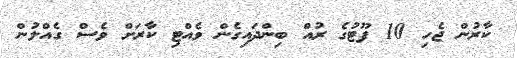
ކާރުން ޖެހި 10 ފޫޓުގެ ރުއް ބިންދައިގެން ވެއްޓި ކާރަށް ވެސް ގެއްލުން